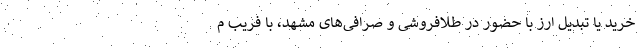
خرید یا تبدیل ارز با حضور در طلافروشی و صرافی‌های مشهد، با فریب م